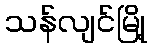
သန်လျင်မြို့